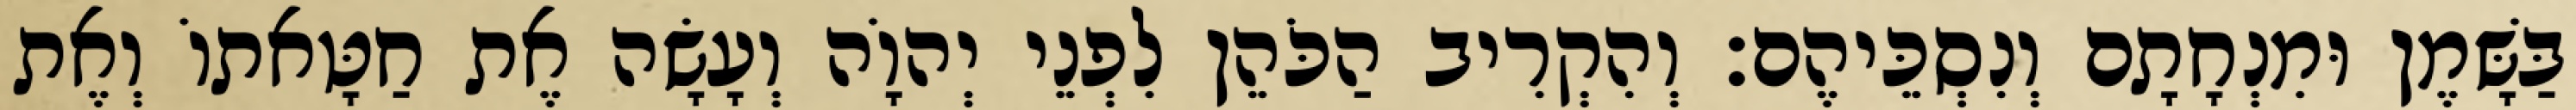
בַּשָּׁמֶן וּמִנְחָתָם וְנִסְכֵּיהֶם׃ וְהִקְרִיב הַכֹּהֵן לִפְנֵי יְהוָֹה וְעָשָׂה אֶת חַטָּאתוֹ וְאֶת